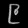
Digit: ၉